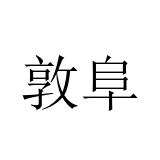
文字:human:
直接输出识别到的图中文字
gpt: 敦阜